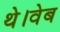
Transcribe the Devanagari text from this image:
थे।वेब